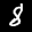
Label: 8